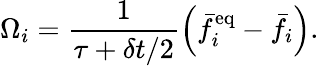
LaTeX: \Omega_{i}=\frac{1}{\tau+\delta t/2}\left(\bar{f}_{i}^{\mathrm{eq}}-\bar{f}_{i}\right).